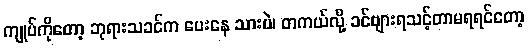
ကျုပ်ကိုတော့ ဘုရားသခင်က ပေးနေ သားပဲ၊ တကယ်လို့ ခင်ဗျားရသင့်တာမရရင်တော့